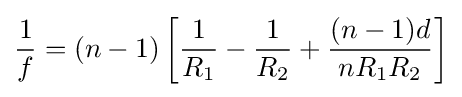
{\frac {1}{f}}=(n-1)\left[{\frac {1}{R_{1}}}-{\frac {1}{R_{2}}}+{\frac {(n-1)d}{nR_{1}R_{2}}}\right]